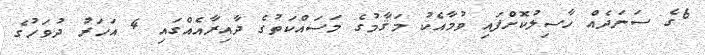
6ގެ ސަނަދެއް ހާސިލުކޮށްފައި ވުމާއެކު މަޤާމުގެ މަސައްކަތުގެ ދާއިރާއެއްގައި 4 އަހަރު ދުވަހުގެ